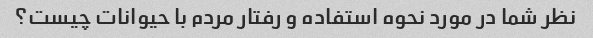
نظر شما در مورد نحوه استفاده و رفتار مردم با حیوانات چیست؟